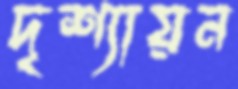
দৃশ্যায়ন